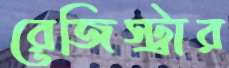
রেজিস্ট্রার